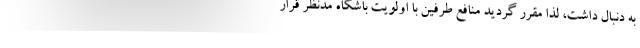
به دنبال داشت، لذا مقرر گردید منافع طرفین با اولویت باشگاه مدنظر قرار